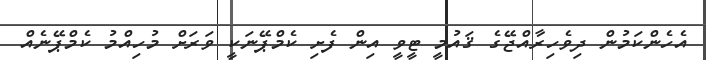
އެހެންކަމުން ދިވެހިރާއްޖޭގެ ޤައުމީ ޓީވީ އިން ފެށި ކެމްޕޭނަކީ ވަރަށް މުހިއްމު ކެމްޕޭނެއް